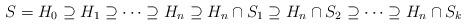
LaTeX: \begin{align*}S=H_0\supseteq H_1 \supseteq \dots \supseteq H_n \supseteq H_n\cap S_1 \supseteq H_n\cap S_2 \supseteq \dots \supseteq H_n\cap S_k\end{align*}